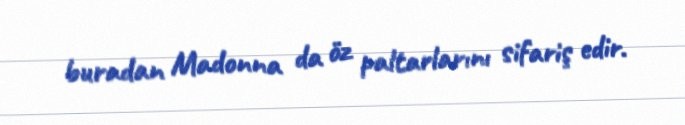
buradan Madonna da öz paltarlarını sifariş edir.